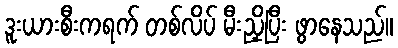
ဒူးယားစီးကရက် တစ်လိပ် မီးညှိပြီး ဖွာနေသည်။